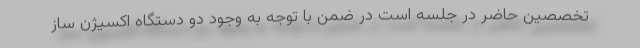
تخصصین حاضر در جلسه است در ضمن با توجه به وجود دو دستگاه اکسیژن ساز